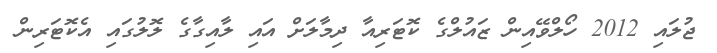
ޖުލައި 2012 ހޯލްވޭއިން ޒައުލްގެ ކޮޓަރިއާ ދިމާލަށް އައި ލާއިގާގެ ލޮލުގައި އެކޮޓަރިން